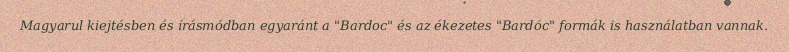
Magyarul kiejtésben és írásmódban egyaránt a "Bardoc" és az ékezetes "Bardóc" formák is használatban vannak.